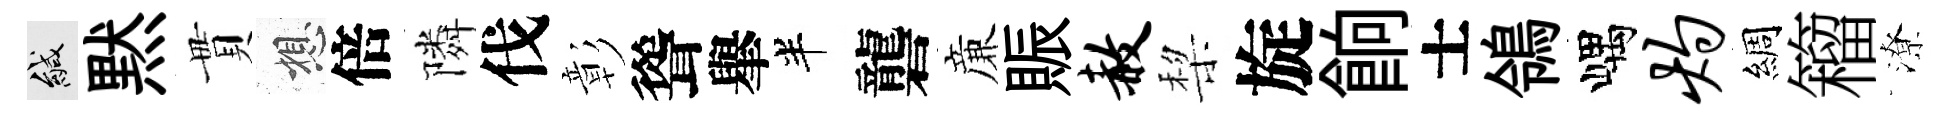
緘黙貫想倍隣伐彰聳𦦙半礱亷賑赦棃旋餉士鴒嵎灼綢籕潦